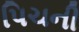
પિચની